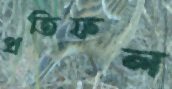
প্রতিফল